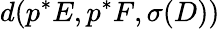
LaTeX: d(p^{*}E,p^{*}F,\sigma(D))